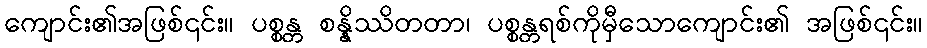
ကျောင်း၏အဖြစ်၎င်း။ ပစ္စန္တ စန္နိဿိတတာ၊ ပစ္စန္တရစ်ကိုမှီသောကျောင်း၏ အဖြစ်၎င်း။